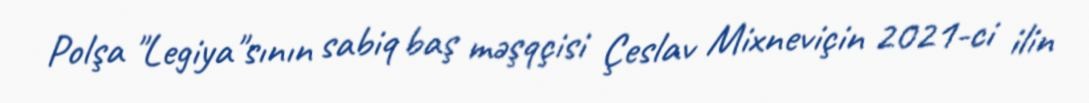
Polşa "Legiya"sının sabiq baş məşqçisi Çeslav Mixneviçin 2021-ci ilin